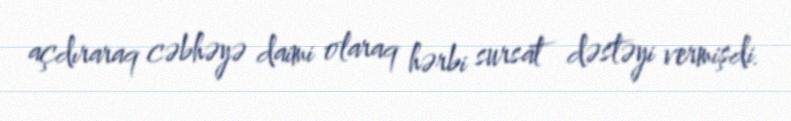
açdıraraq cəbhəyə daimi olaraq hərbi sursat dəstəyi vermişdi.